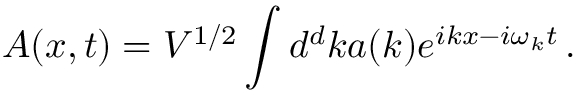
A ( x , t ) = V ^ { 1 / 2 } \int d ^ { d } k a ( k ) e ^ { i k x - i \omega _ { k } t } \, .